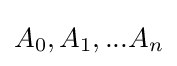
A_{0},A_{1},...A_{n}